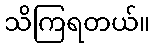
သိကြရတယ်။